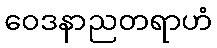
ဝေဒနာညတရာဟံ